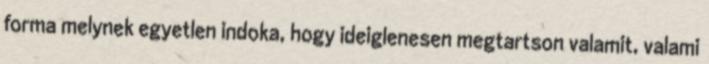
forma melynek egyetlen indoka, hogy ideiglenesen megtartson valamit, valami